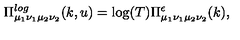
\Pi _ { \mu _ { 1 } \nu _ { 1 } \mu _ { 2 } \nu _ { 2 } } ^ { l o g } ( k , u ) = \log ( T ) \Pi _ { \mu _ { 1 } \nu _ { 1 } \mu _ { 2 } \nu _ { 2 } } ^ { \epsilon } ( k ) ,